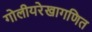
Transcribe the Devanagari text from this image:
गोलीयरेखागणित